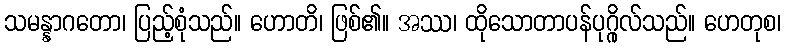
သမန္နာဂတော၊ ပြည့်စုံသည်။ ဟောတိ၊ ဖြစ်၏။ အဿ၊ ထိုသောတာပန်ပုဂ္ဂိုလ်သည်။ ဟေတုစ၊